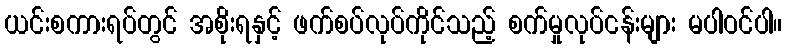
ယင်းစကားရပ်တွင် အစိုးရနှင့် ဖက်စပ်လုပ်ကိုင်သည့် စက်မှုလုပ်ငန်းများ မပါဝင်ပါ။